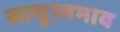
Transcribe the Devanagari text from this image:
साधुस्वभाव